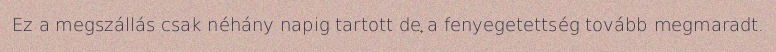
Ez a megszállás csak néhány napig tartott de a fenyegetettség tovább megmaradt.